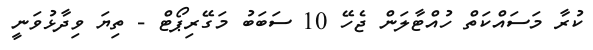
ކުރާ މަސައްކަތް ހުއްޓާލަން ޖެހޭ 10 ސަބަބު މަގޭރިޕޯޓް - ތިޔަ ވިދާޅުވަނީ